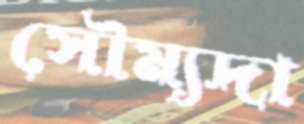
সৌম্যদা